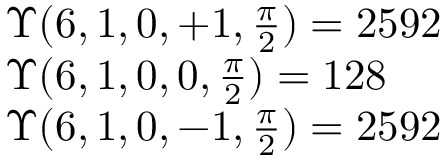
\begin{array} { l l } { \Upsilon ( 6 , 1 , 0 , + 1 , \frac { \pi } { 2 } ) = 2 5 9 2 } \\ { \Upsilon ( 6 , 1 , 0 , 0 , \frac { \pi } { 2 } ) = 1 2 8 } \\ { \Upsilon ( 6 , 1 , 0 , - 1 , \frac { \pi } { 2 } ) = 2 5 9 2 } \end{array}